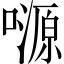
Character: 𡀶